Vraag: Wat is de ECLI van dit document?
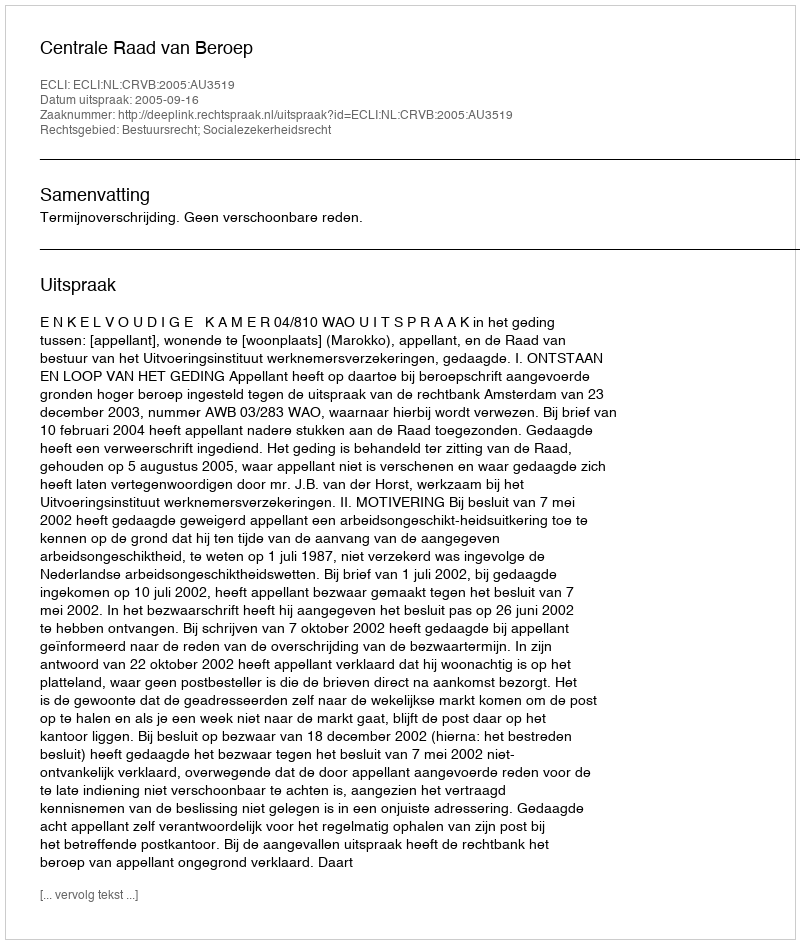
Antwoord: ECLI:NL:CRVB:2005:AU3519